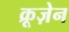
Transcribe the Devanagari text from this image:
क्रूज़ेन